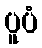
ပူပံ